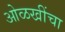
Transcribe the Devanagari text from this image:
ओळखींचा